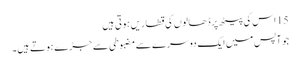
15 اس کی پیٹھ پر ڈھالو ں کی قطاریں ہو تی ہیں
جو آپس میں ایک دوسرے سے مضبوطی سے جڑے ہو تے ہیں۔